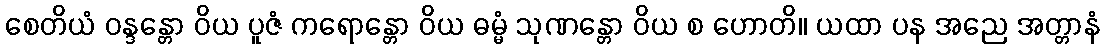
စေတိယံ ဝန္ဒန္တော ဝိယ ပူဇံ ကရောန္တော ဝိယ ဓမ္မံ သုဏန္တော ဝိယ စ ဟောတိ။ ယထာ ပန အညေ အတ္တာနံ